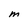
Character: m